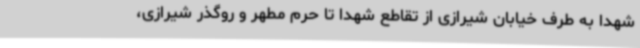
شهدا به طرف خیابان شیرازی از تقاطع شهدا تا حرم مطهر و روگذر شیرازی،